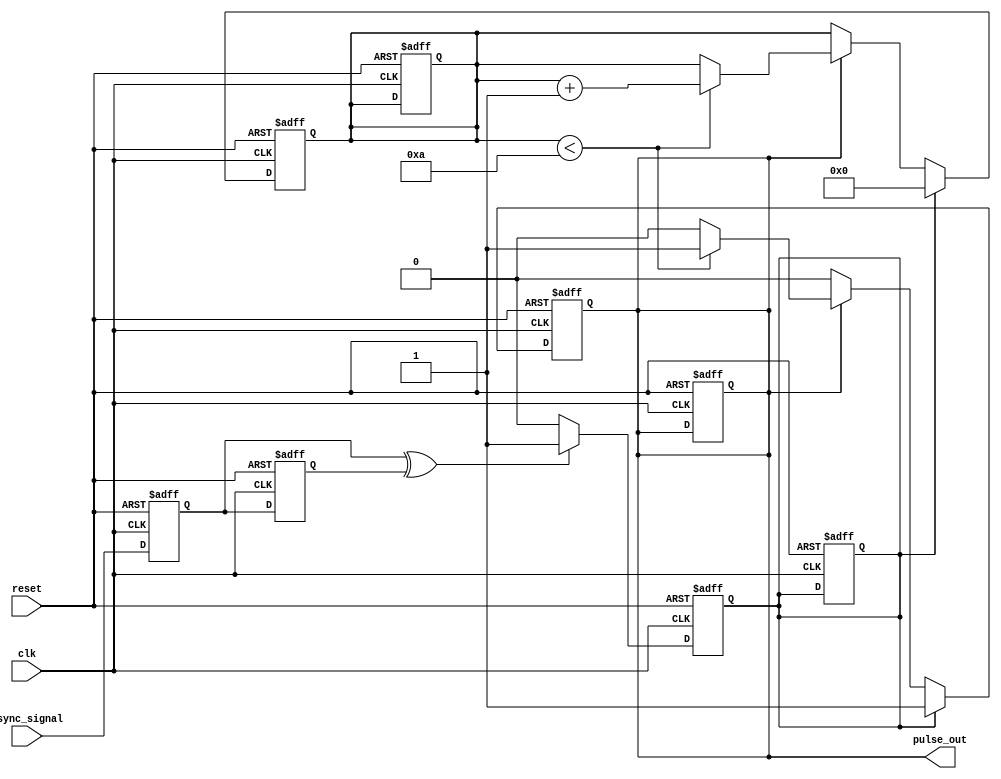
module metastability_detector (
    input wire clk,                // Local clock
    input wire async_signal,       // Asynchronous input signal
    input wire reset,              // Reset signal
    output reg pulse_out           // Output pulse indicating metastability
);

    // Internal signals
    reg async_ff1;                // First stage flip-flop
    reg async_ff2;                // Second stage flip-flop
    reg pulse_trigger;            // Trigger signal for pulse generation

    // Pulse width control (parameterizable delay)
    parameter PULSE_WIDTH = 10;   // Pulse width in clock cycles
    reg [3:0] pulse_count;        // Counter for pulse width control

    // Sampling asynchronous signal with dual flip-flops
    always @(posedge clk or posedge reset) begin
        if (reset) begin
            async_ff1 <= 1'b0;
            async_ff2 <= 1'b0;
            pulse_out <= 1'b0;
            pulse_trigger <= 1'b0;
            pulse_count <= 4'd0;
        end else begin
            async_ff1 <= async_signal;           // Sample the async signal
            async_ff2 <= async_ff1;              // Sample the first FF output
        end
    end

    // Detect metastability condition
    always @(posedge clk or posedge reset) begin
        if (reset) begin
            pulse_trigger <= 1'b0;
        end else if (async_ff1 ^ async_ff2) begin  // Check for mismatch
            pulse_trigger <= 1'b1;                 // Set trigger for pulse
        end else begin
            pulse_trigger <= 1'b0;                 // Clear trigger if stable
        end
    end

    // Generate output pulse based on pulse_trigger
    always @(posedge clk or posedge reset) begin
        if (reset) begin
            pulse_out <= 1'b0;
            pulse_count <= 4'd0;
        end else if (pulse_trigger) begin
            pulse_out <= 1'b1;                    // Start pulse
            pulse_count <= 4'd0;                  // Reset pulse counter
        end else if (pulse_out) begin
            if (pulse_count < PULSE_WIDTH) begin
                pulse_count <= pulse_count + 1; // Count clock cycles for pulse width
            end else begin
                pulse_out <= 1'b0;                // End pulse after designated width
            end
        end
    end

endmodule